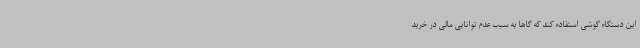
این دستگاه گوشی استفاده کند که گاها به سبب عدم توانایی مالی در خرید